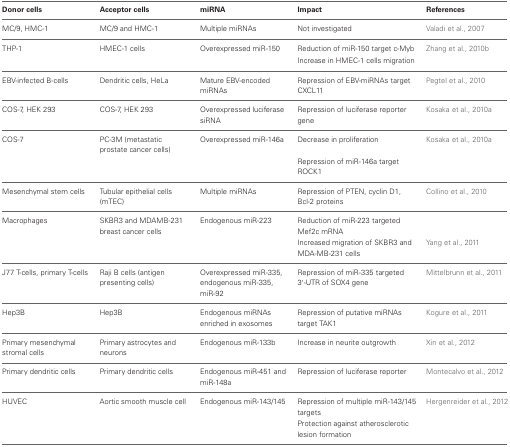
<table><thead><tr><td><b>Donor cells</b></td><td><b>Acceptor cells</b></td><td><b>miRNA</b></td><td><b>Impact</b></td><td><b>References</b></td></tr></thead><tbody><tr><td>MC/9, HMC-1</td><td>MC/9 and HMC-1</td><td>Multiple miRNAs</td><td>Not investigated</td><td>Valadi et al., 2007</td></tr><tr><td>THP-1</td><td>HMEC-1 cells</td><td>Overexpressed miR-150</td><td>Reduction of miR-150 target c-Myb</td><td>Zhang et al., 2010b</td></tr><tr><td></td><td></td><td></td><td>Increase in HMEC-1 cells migration</td><td></td></tr><tr><td>EBV-infected B-cells</td><td>Dendritic cells, HeLa</td><td>Mature EBV-encoded miRNAs</td><td>Repression of EBV-miRNAs target CXCL11</td><td>Pegtel et al., 2010</td></tr><tr><td>COS-7, HEK 293</td><td>COS-7, HEK 293</td><td>Overexpressed luciferase siRNA</td><td>Repression of luciferase reporter gene</td><td>Kosaka et al., 2010a</td></tr><tr><td>COS-7</td><td>PC-3M (metastatic prostate cancer cells)</td><td>Overexpressed miR-146a</td><td>Decrease in proliferation</td><td>Kosaka et al., 2010a</td></tr><tr><td></td><td></td><td></td><td>Repression of miR-146a target ROCK1</td><td></td></tr><tr><td>Mesenchymal stem cells</td><td>Tubular epithelial cells (mTEC)</td><td>Multiple miRNAs</td><td>Repression of PTEN, cyclin D1, Bcl-2 proteins</td><td>Collino et al., 2010</td></tr><tr><td>Macrophages</td><td>SKBR3 and MDAMB-231 breast cancer cells</td><td>Endogenous miR-223</td><td>Reduction of miR-223 targeted Mef2c mRNA</td><td></td></tr><tr><td></td><td></td><td></td><td>Increased migration of SKBR3 and MDA-MB-231 cells</td><td>Yang et al., 2011</td></tr><tr><td>J77 T-cells, primary T-cells</td><td>Raji B cells (antigen presenting cells)</td><td>Overexpressed miR-335, endogenous miR-335, miR-92</td><td>Repression of miR-335 targeted 3′-UTR of SOX4 gene</td><td>Mittelbrunn et al., 2011</td></tr><tr><td>Hep3B</td><td>Hep3B</td><td>Endogenous miRNAs enriched in exosomes</td><td>Repression of putative miRNAs target TAK1</td><td>Kogure et al., 2011</td></tr><tr><td>Primary mesenchymal stromal cells</td><td>Primary astrocytes and neurons</td><td>Endogenous miR-133b</td><td>Increase in neurite outgrowth</td><td>Xin et al., 2012</td></tr><tr><td>Primary dendritic cells</td><td>Primary dendritic cells</td><td>Endogenous miR-451 and miR-148a</td><td>Repression of luciferase reporter</td><td>Montecalvo et al., 2012</td></tr><tr><td>HUVEC</td><td>Aortic smooth muscle cell</td><td>Endogenous miR-143/145</td><td>Repression of multiple miR-143/145 targets</td><td>Hergenreider et al., 2012</td></tr><tr><td></td><td></td><td></td><td>Protection against atherosclerotic lesion formation</td><td></td></tr></tbody></table>